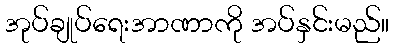
အုပ်ချုပ်ရေးအာဏာကို အပ်နှင်းမည်။